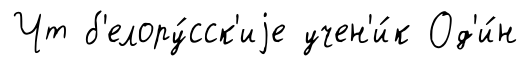
Чт б'елору́сск'иjе учен'и́к Од'и́н